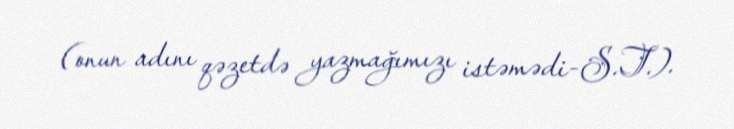
(onun adını qəzetdə yazmağımızı istəmədi-S.T.).